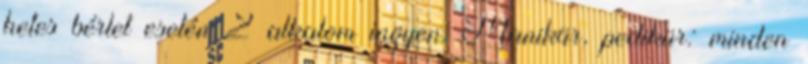
hetes bérlet esetén 2 alkalom ingyen. Manikür, pedikür: minden